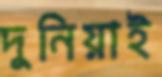
দুনিয়াই